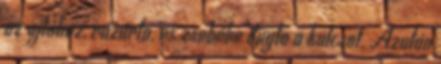
az ajtóhoz, rázárta, és zsebébe dugta a kulcsot. Azután